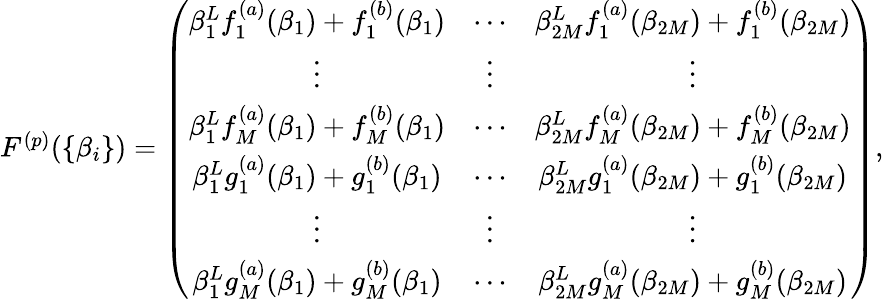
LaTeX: \begin{array}{r}{F^{(p)}(\{ \beta_{i}\} )=\left(\begin{array}{cccccc}{\beta_{1}^{L}f_{1}^{(a)}(\beta_{1})+f_{1}^{(b)}(\beta_{1})}&{\cdots}&{\beta_{2M}^{L}f_{1}^{(a)}(\beta_{2M})+f_{1}^{(b)}(\beta_{2M})}\\ {\vdots}&{\vdots}&{\vdots}\\ {\beta_{1}^{L}f_{M}^{(a)}(\beta_{1})+f_{M}^{(b)}(\beta_{1})}&{\cdots}&{\beta_{2M}^{L}f_{M}^{(a)}(\beta_{2M})+f_{M}^{(b)}(\beta_{2M})}\\ {\beta_{1}^{L}g_{1}^{(a)}(\beta_{1})+g_{1}^{(b)}(\beta_{1})}&{\cdots}&{\beta_{2M}^{L}g_{1}^{(a)}(\beta_{2M})+g_{1}^{(b)}(\beta_{2M})}\\ {\vdots}&{\vdots}&{\vdots}\\ {\beta_{1}^{L}g_{M}^{(a)}(\beta_{1})+g_{M}^{(b)}(\beta_{1})}&{\cdots}&{\beta_{2M}^{L}g_{M}^{(a)}(\beta_{2M})+g_{M}^{(b)}(\beta_{2M})}\end{array}\right),}\end{array}